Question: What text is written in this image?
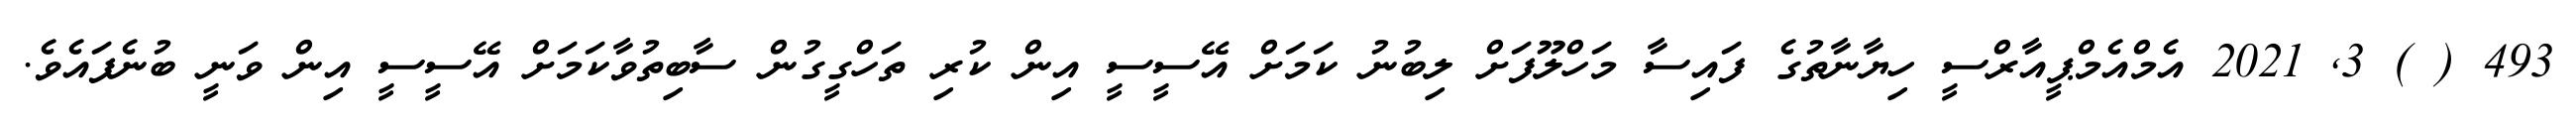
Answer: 493 ( ) 3, 2021 އެމްއެމްޕީއާރްސީ ހިޔާނާތުގެ ފައިސާ މަހްލޫފަށް ލިބުނު ކަމަށް އޭސީސީ އިން ކުރި ތަހްގީގުން ސާބިތުވާކަމަށް އޭސީސީ އިން ވަނީ ބުނެފައެވެ.